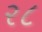
ર૮